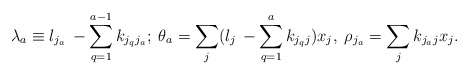
\begin{align*}\lambda _a \equiv l_{j_a}\,- \sum _{q=1}^{a-1} k_{j_qj_a};\;\theta _a =\sum _j(l_j\,- \sum _{q=1}^{a} k_{j_qj})x_j,\;\rho _{j_a}=\sum _jk_{j_aj}x_j.\end{align*}